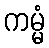
ကမ္မံ